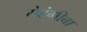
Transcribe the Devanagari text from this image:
मेहंगीबा